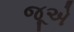
જૂએ